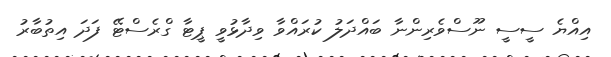
އިއްޔެ ސީސީ ނޫސްވެރިންނާ ބައްދަލު ކުރައްވާ ވިދާޅުވީ ޕީޓާ ގްރެސްޓޭ ފަދަ އިތުބާރު